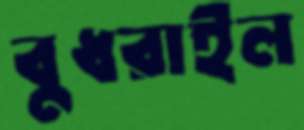
বুধরাইল